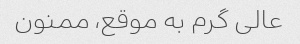
عالی گرم به موقع، ممنون